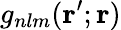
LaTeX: g_{nlm}(\mathbf{r}^{\prime};\mathbf{r})